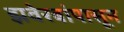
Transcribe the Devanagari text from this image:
झवेरबांपासून